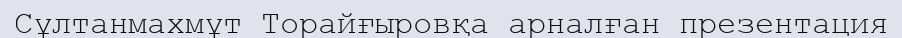
Сұлтанмахмұт Торайғыровқа арналған презентация